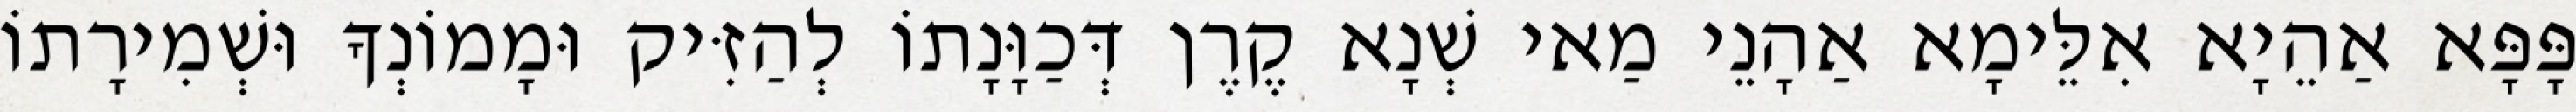
פָּפָּא אַהֵיָא אִלֵּימָא אַהָנֵי מַאי שְׁנָא קֶרֶן דְּכַוָּנָתוֹ לְהַזִּיק וּמָמוֹנְךָ וּשְׁמִירָתוֹ